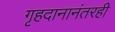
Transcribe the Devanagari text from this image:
गृहदानानंतरही